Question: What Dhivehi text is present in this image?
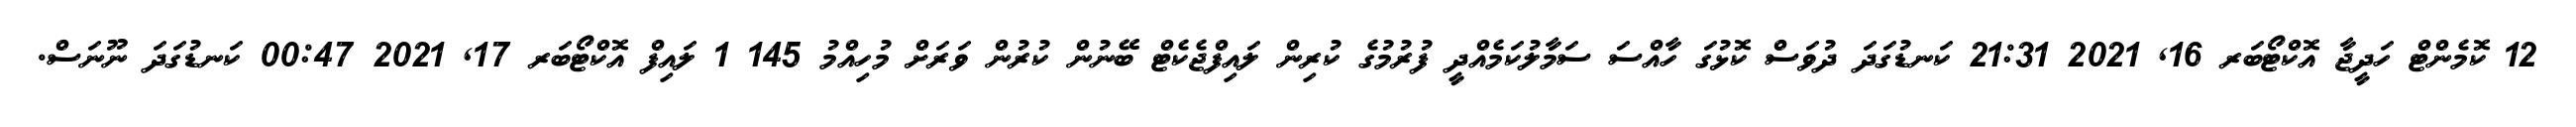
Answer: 12 ކޮމެންޓް ހަދީޖާ އޮކްޓޯބަރ 16, 2021 21:31 ކަނޑުގަދަ ދުވަސް ކޮޅުގަ ހާއްސަ ސަމާލުކަމެއްދީ ފުރުމުގެ ކުރިން ލައިފްޖެކެޓް ބޭނުން ކުރުން ވަރަށް މުހިއްމު 145 1 ލައިފް އޮކްޓޯބަރ 17, 2021 00:47 ކަނޑުގަދަ ނޫނަސް.